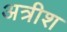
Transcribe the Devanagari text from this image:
अत्रीश